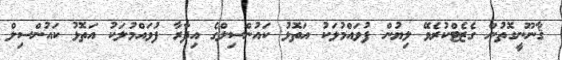
ޤާނޫނީގޮތުން ގެޒެޓްކުރެވޭ ލިޔުން ފުވައްމުލަކު އަތޮޅު ކައުންސިލްގެ އިދާރާ ފުވައްމުލަކު އަތޮޅު ކައުންސިލް